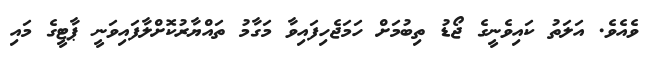
ވެއެވެ. އަލަތު ކައިވެނީގެ ޖޯޑު ތިބުމަށް ހަމަޖެހިފައިވާ މަގާމު ތައްޔާރުކޮށްލާފައިވަނީ ޕާޓީގެ މައި